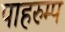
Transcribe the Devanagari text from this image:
पाहरुम्प